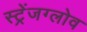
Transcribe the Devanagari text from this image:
स्ट्रेंजग्लोव